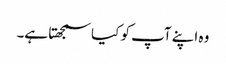
وہ اپنے آپ کو کیا سمجھتا ہے۔